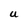
Character: U